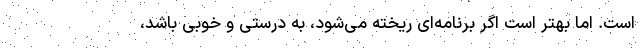
است. اما بهتر است اگر برنامه‌ای ریخته می‌شود، به درستی و خوبی باشد،